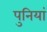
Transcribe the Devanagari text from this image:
पुनियां